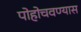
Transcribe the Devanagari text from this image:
पोहोचवण्यास